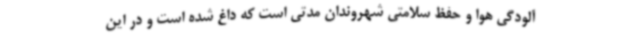
آلودگی هوا و حفظ سلامتی شهروندان مدتی است که داغ شده است و در این